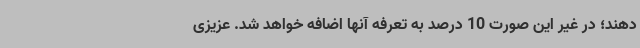
دهند؛ در غیر این صورت 10 درصد به تعرفه آنها اضافه خواهد شد. عزیزی